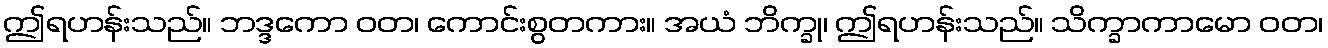
ဤရဟန်းသည်။ ဘဒ္ဒကော ဝတ၊ ကောင်းစွတကား။ အယံ ဘိက္ခု၊ ဤရဟန်းသည်။ သိက္ခာကာမော ဝတ၊